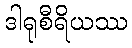
ဒါရုစီရိယဿ